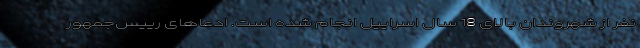
نفر از شهروندان بالای 18 سال اسراییل انجام شده است. ادعاهای رییس‌جمهور